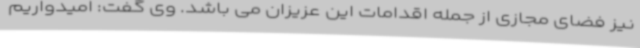
نیز فضای مجازی از جمله اقدامات این عزیزان می باشد. وی گفت: امیدواریم